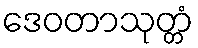
ဒေဝတာသုတ္တံ